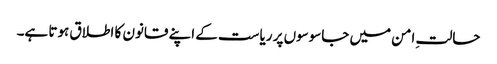
حالتِ امن میں جاسوسوں پر ریاست کے اپنے قانون کا اطلاق ہوتا ہے۔